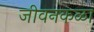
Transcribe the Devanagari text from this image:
जीवनकळा